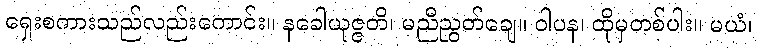
ရှေးစကားသည်လည်းကောင်း။ နခေါယုဇ္ဇတိ၊ မညီညွတ်ချေ။ ဝါပန၊ ထိုမှတစ်ပါး။ မယံ၊